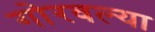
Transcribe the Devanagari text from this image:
गोरवल्या